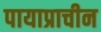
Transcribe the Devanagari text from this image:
पायाप्राचीन